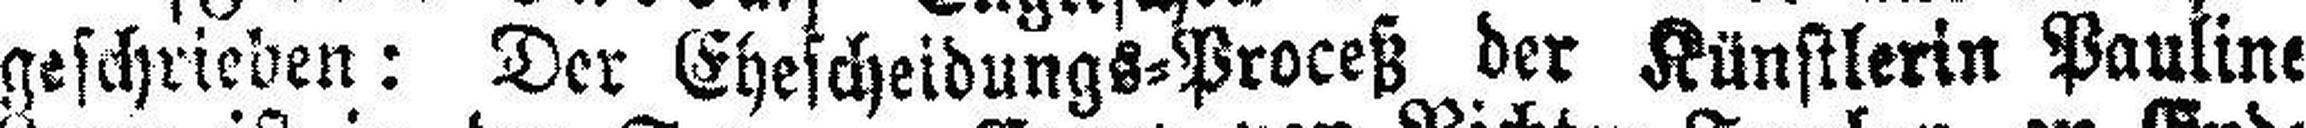
geschrieben: Der Ehescheidungs=Proceß der Künstlerin Pauline